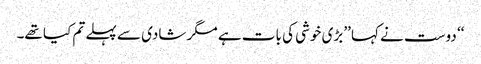
‘‘ دوست نے کہا ’’بڑی خوشی کی بات ہے مگر شادی سے پہلے تم کیا تھے۔